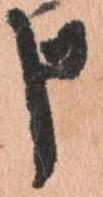
申